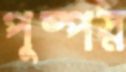
পুষ্পস্ন